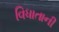
વિધાતાની